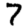
Digit: 7